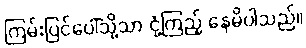
ကြမ်းပြင်ပေါ်သို့သာ ငုံ့ကြည့် နေမိပါသည်။